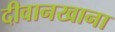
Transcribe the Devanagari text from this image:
दीवानखाना